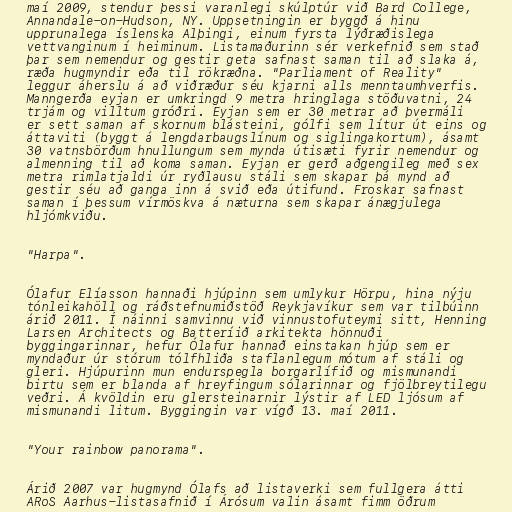
maí 2009, stendur þessi varanlegi skúlptúr við Bard College,
Annandale-on-Hudson, NY. Uppsetningin er byggð á hinu
upprunalega íslenska Alþingi, einum fyrsta lýðræðislega
vettvanginum í heiminum. Listamaðurinn sér verkefnið sem stað
þar sem nemendur og gestir geta safnast saman til að slaka á,
ræða hugmyndir eða til rökræðna. "Parliament of Reality"
leggur áherslu á að viðræður séu kjarni alls menntaumhverfis.
Manngerða eyjan er umkringd 9 metra hringlaga stöðuvatni, 24
trjám og villtum gróðri. Eyjan sem er 30 metrar að þvermáli
er sett saman af skornum blásteini, gólfi sem lítur út eins og
áttaviti (byggt á lengdarbaugslínum og siglingakortum), ásamt
30 vatnsbörðum hnullungum sem mynda útisæti fyrir nemendur og
almenning til að koma saman. Eyjan er gerð aðgengileg með sex
metra rimlatjaldi úr ryðlausu stáli sem skapar þá mynd að
gestir séu að ganga inn á svið eða útifund. Froskar safnast
saman í þessum vírmöskva á næturna sem skapar ánægjulega
hljómkviðu.

"Harpa".

Ólafur Elíasson hannaði hjúpinn sem umlykur Hörpu, hina nýju
tónleikahöll og ráðstefnumiðstöð Reykjavíkur sem var tilbúinn
árið 2011. Í náinni samvinnu við vinnustofuteymi sitt, Henning
Larsen Architects og Batteríið arkitekta hönnuði
byggingarinnar, hefur Ólafur hannað einstakan hjúp sem er
myndaður úr stórum tólfhliða staflanlegum mótum af stáli og
gleri. Hjúpurinn mun endurspegla borgarlífið og mismunandi
birtu sem er blanda af hreyfingum sólarinnar og fjölbreytilegu
veðri. Á kvöldin eru glersteinarnir lýstir af LED ljósum af
mismunandi litum. Byggingin var vígð 13. maí 2011.

"Your rainbow panorama".

Árið 2007 var hugmynd Ólafs að listaverki sem fullgera átti
ARoS Aarhus-listasafnið í Árósum valin ásamt fimm öðrum